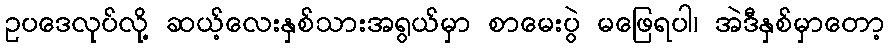
ဥပဒေလုပ်လို့ ဆယ့်လေးနှစ်သားအရွယ်မှာ စာမေးပွဲ မဖြေရပါ၊ အဲဒီနှစ်မှာတော့